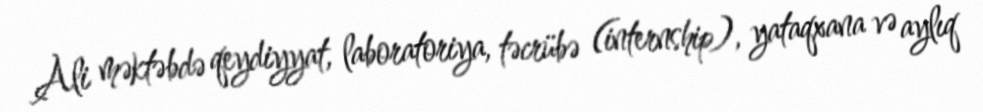
Ali məktəbdə qeydiyyat, laboratoriya, təcrübə (internship), yataqxana və aylıq